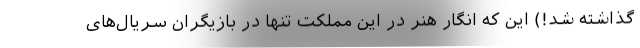
گذاشته شد!) این که انگار هنر در این مملکت تنها در بازیگران سریال‌های